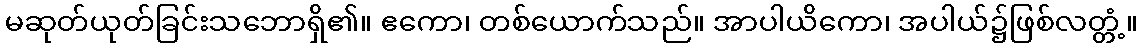
မဆုတ်ယုတ်ခြင်းသဘောရှိ၏။ ဧကော၊ တစ်ယောက်သည်။ အာပါယိကော၊ အပါယ်၌ဖြစ်လတ္တံ့။